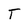
Character: T